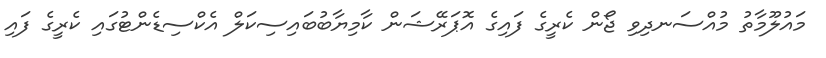
މައުލޫމާތު މުއްސަނދިވި ޖޯން ކެރީގެ ފައިގެ އޮޕަރޭޝަން ކާމިޔާބުބައިސިކަލް އެކްސިޑެންޓުގައި ކެރީގެ ފައި